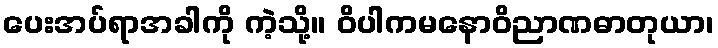
ပေးအပ်ရာအခါကို ကဲ့သို့။ ဝိပါကမနောဝိညာဏဓာတုယာ၊